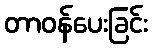
တာဝန်ပေးခြင်း